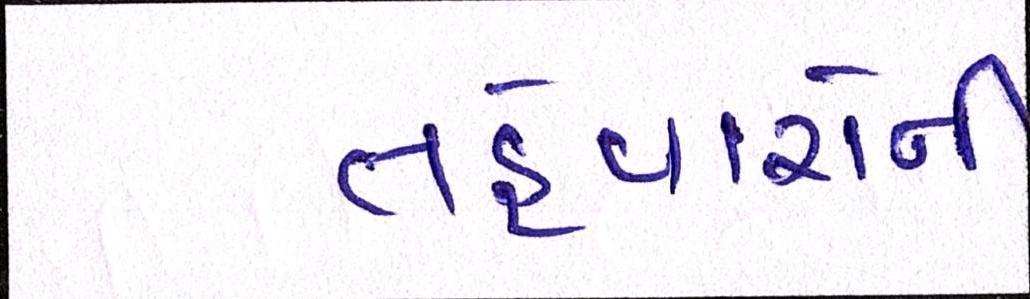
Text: તહેવારોની